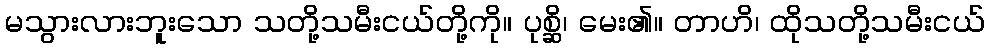
မသွားလားဘူးသော သတို့သမီးငယ်တို့ကို။ ပုစ္ဆိ၊ မေး၏။ တာဟိ၊ ထိုသတို့သမီးငယ်